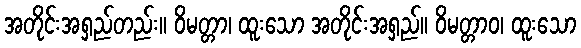
အတိုင်းအရှည်တည်း။ ဝိမတ္တာ၊ ထူးသော အတိုင်းအရှည်။ ဝိမတ္တာဝ၊ ထူးသော